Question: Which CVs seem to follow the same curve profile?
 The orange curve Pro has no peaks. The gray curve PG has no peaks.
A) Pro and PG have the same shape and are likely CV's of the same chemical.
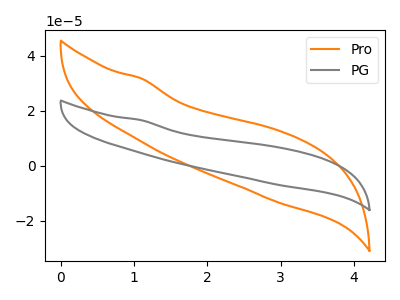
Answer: <think>Neither "Pro" or "PG" have any peaks.
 </think>
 <answer>A) "Pro" and "PG" have the same shape and are likely CV's of the same chemical.</answer>
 <eval>A</eval>